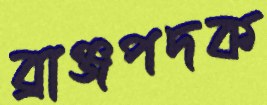
ব্রাঞ্জপদক